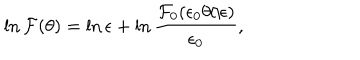
LaTeX: \ln { \cal F } ( \theta ) = \ln \epsilon + \ln \frac { { \cal F } _ { 0 } ( \epsilon _ { 0 } \theta / \epsilon ) } { \epsilon _ { 0 } } ,